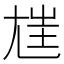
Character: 𡯪